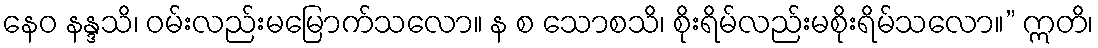
နေဝ နန္ဒသိ၊ ဝမ်းလည်းမမြောက်သလော။ န စ သောစသိ၊ စိုးရိမ်လည်းမစိုးရိမ်သလော။” ဣတိ၊